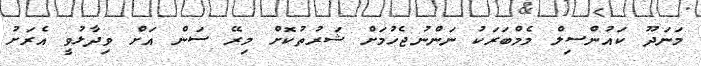
މަނަދޫ ކައުންސިލް މެމްބަރަކު ނަންނުޖެހުމަށް ޝަރުތުކޮށް މިރޭ ސަން އަށް ވިދާޅުވީ އެރަށު